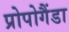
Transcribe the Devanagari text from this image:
प्रोपोगैंडा